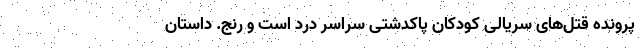
پرونده قتل‌های سریالی کودکان پاکدشتی سراسر درد است و رنج. داستان